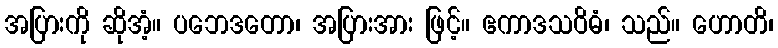
အပြားကို ဆိုအံ့။ ပဘေဒတော၊ အပြားအား ဖြင့်။ ဧကာဒသဝိဓံ၊ သည်။ ဟောတိ၊